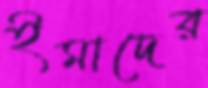
ইমাদের